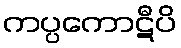
ကပ္ပကောဋီပိ